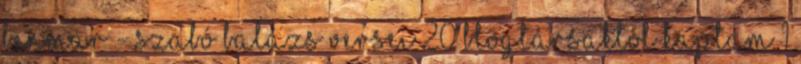
Benmar - Szabó Balázs versei 20 Blogtársaktól kaptam 1